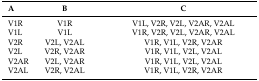
| A | B | C |
 | --- | --- | --- |
 | V1R | V1R | V1L, V2R, V2L, V2AR, V2AL |
 | V1L | V1L | V1R, V2R, V2L, V2AR, V2AL |
 | V2R | V2L, V2AL | V1R, V1L, V2R, V2AR |
 | V2L | V2R, V2AR | V1R, V1L, V2L, V2AL |
 | V2AR | V2L, V2AR | V1R, V1L, V2L, V2AL |
 | V2AL | V2R, V2AL | V1R, V1L, V2R, V2AR |